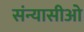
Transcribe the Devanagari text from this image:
संन्यासीओ